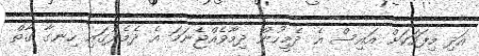
އަދި މިފަހަކަށް އައިސް އެ ދެމީހުން ދިމާވެއްޖެނަމަ އެ ދެމެދުގައި ހިނގާ ގާތް